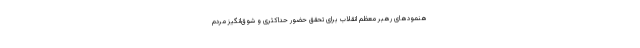
هنمودهای رهبر معظم انقلاب برای تحقق حضور حداکثری و شوق‌انگیز مردم